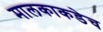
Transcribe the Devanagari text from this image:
मालकाकडेच